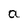
Character: a